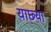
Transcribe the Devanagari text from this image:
याछ्या